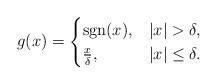
LaTeX: \begin{align*}g(x)=\begin{cases}\operatorname{sgn}(x),& |x|>\delta,\\\frac{x}{\delta}, & |x|\leq \delta.\end{cases}\end{align*}